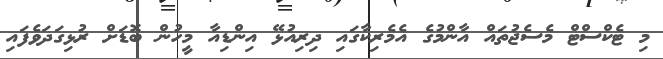
މި ޓެކްސްޓް މެސެޖުތައް އާންމުގެ އެމެރިކާގައި ދިރިއުޅޭ އިންޑިއާ މީހުން ބޮޑަށް ރުޅިގަދަވެފައި